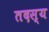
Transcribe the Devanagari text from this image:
तदस्य